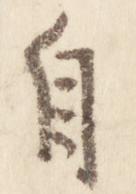
自